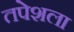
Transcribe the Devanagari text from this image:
तपेशला